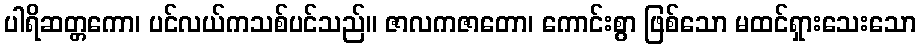
ပါရိဆတ္တကော၊ ပင်လယ်ကသစ်ပင်သည်။ ဇာလကဇာတော၊ ကောင်းစွာ ဖြစ်သော မထင်ရှားသေးသော